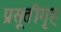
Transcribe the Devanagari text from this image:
प्रसूतीगृह